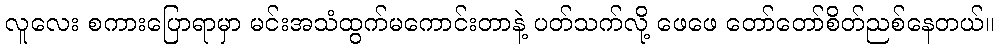
လူလေး စကားပြောရာမှာ မင်းအသံထွက်မကောင်းတာနဲ့ ပတ်သက်လို့ ဖေဖေ တော်တော်စိတ်ညစ်နေတယ်။